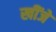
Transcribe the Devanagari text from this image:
खींजे